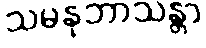
သမနုဘာသန္တာ